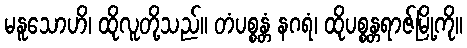
မနူသောဟိ၊ ထိုလူတို့သည်။ တံပစ္စန္တံ နဂရံ၊ ထိုပစ္စန္တရာဇ်မြို့ကို။